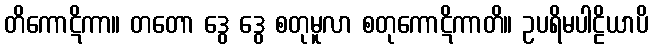
တိကောဋိကာ။ တတော ဒွေ ဒွေ စတုမူလာ စတုကောဋိကာတိ။ ဥပရိမပါဠိယာပိ